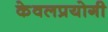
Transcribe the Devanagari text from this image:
केवलप्रयोगी